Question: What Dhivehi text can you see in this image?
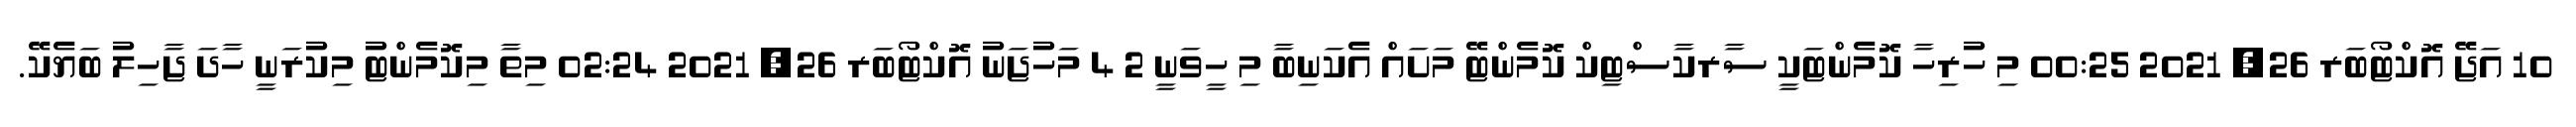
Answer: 10 އަޖޭ އޮކްޓޯބަރ 26, 2021 00:25 މި ހުރިހާ ކޮމެންޓަކީ ސާރކާސްޓިކް ކޮމެންޓޭ މަށައް އެކަނިބާ މި ހީވަނީ 2 4 މަހުޖަނު އޮކްޓޯބަރ 26, 2021 02:24 މިތާ މިކޮމެންޓު މިކުރަނީ ހާދަ ޖާހިލު ބަޔެކޭ.